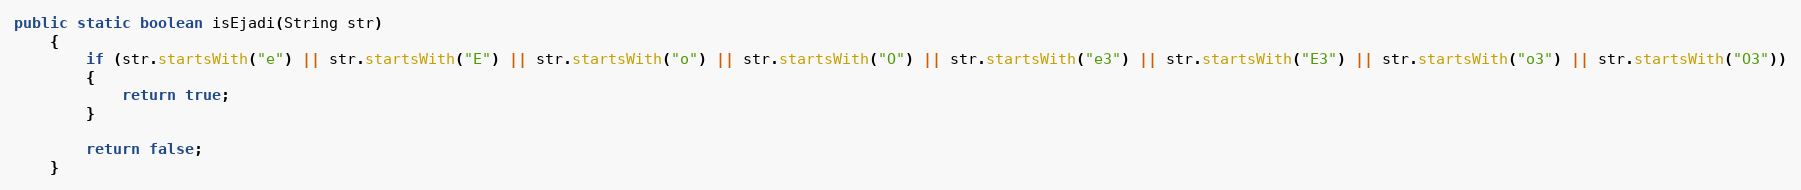
Language: Java
public static boolean isEjadi(String str)
    {
        if (str.startsWith("e") || str.startsWith("E") || str.startsWith("o") || str.startsWith("O") || str.startsWith("e3") || str.startsWith("E3") || str.startsWith("o3") || str.startsWith("O3"))
        {
            return true;
        }

        return false;
    }